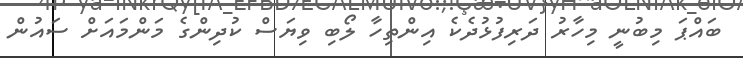
ބައްޕަ މިބުނީ މިހާރު ދަރިފުޅުދެކެ އިންތިހާ ލޯބި ވިޔަސް ކުދިންގެ މަންމައަށް ސައުން